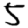
Digit: 5